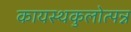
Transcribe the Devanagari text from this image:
कायस्थकुलोत्पन्न